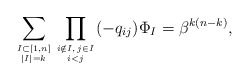
\begin{gather*} \sum_{I \subset [1,n] \atop |I|=k} \prod_{i \notin I, \, j \in I \atop i < j}(-q_{ij}) \Phi_{I} =\beta^{k(n-k)},\end{gather*}